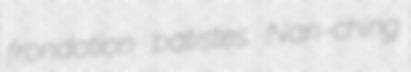
frondation batistes Nan-ching